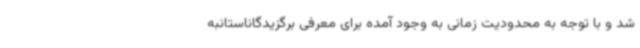
شد و با توجه به محدودیت زمانی به وجود آمده برای معرفی برگزیدگاناستانبه